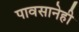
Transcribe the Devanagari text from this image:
पावसानेही